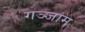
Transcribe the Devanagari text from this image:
गञ्जाम